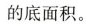
的底面积。